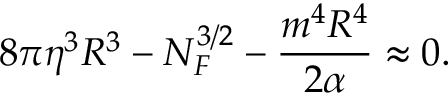
8 \pi \eta ^ { 3 } R ^ { 3 } - N _ { F } ^ { 3 / 2 } - \frac { m ^ { 4 } R ^ { 4 } } { 2 \alpha } \approx 0 .